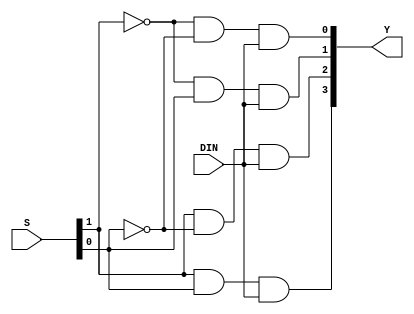
module DEMULTIPLE_EXER1_4(DIN, S, Y);
    input DIN;
    input [1:0] S;

    output [3:0] Y;

    assign Y[0] = ~S[1] & ~S[0] & DIN;
    assign Y[1] = ~S[1] & S[0] & DIN;
    assign Y[2] = S[1] & ~S[0] & DIN;
    assign Y[3] = S[1] & S[0] & DIN;
endmodule